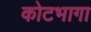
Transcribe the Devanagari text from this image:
कोटभागा